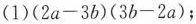
(1)$$( 2 a - 3 b ) ( 3 b - 2 a )$$；